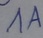
Text: 1A